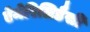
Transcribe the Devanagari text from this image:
ऐमेरिलिडैसी